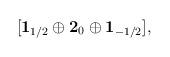
LaTeX: \begin{align*}[{\bf 1}_{1/2} \oplus {\bf 2}_{0} \oplus {\bf 1}_{-1/2} ],\end{align*}